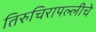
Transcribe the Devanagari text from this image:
तिरुचिरापल्लीचे